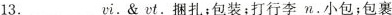
13.______vi.&vt、捆扎；包装；打行李n.小包；包裹